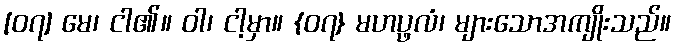
[၀၇] မေ၊ ငါ၏။ ဝါ၊ ငါ့မှာ။ {၀၇} မဟပ္ဖလံ၊ များသောအကျိုးသည်။